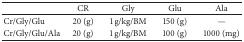
|  | CR | Gly | Glu | Ala |
 | --- | --- | --- | --- | --- |
 | Cr/Gly/Glu | 20 (g) | 1 g/kg/BM | 150 (g) | — |
 | Cr/Gly/Glu/Ala | 20 (g) | 1 g/kg/BM | 100 (g) | 1000 (mg) |